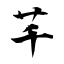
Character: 芊